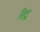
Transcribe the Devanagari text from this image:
रिट्र